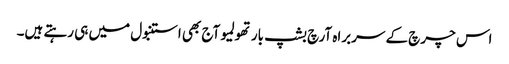
اس چرچ کے سربراہ آرچ بشپ بارتھولمیو آج بھی استنبول میں ہی رہتے ہیں۔